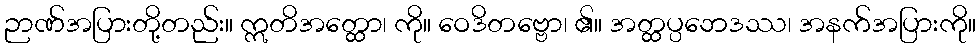
ဉာဏ်အပြားတို့တည်း။ ဣတိအတ္ထော၊ ကို။ ဝေဒိတဗ္ဗော၊ ၏။ အတ္ထပ္ပဘေဒဿ၊ အနက်အပြားကို။